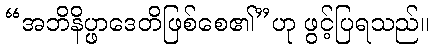
“အဘိနိပ္ဖာဒေတိဖြစ်စေ၏”ဟု ဖွင့်ပြရသည်။